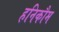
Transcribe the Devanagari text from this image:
हनिकौम